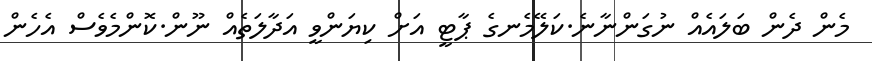
މެން ދެން ބަލައެއް ނުގަންނާނެ.ކަލޭމެނގެ ޕާޓީ އަށް ކިޔަންވީ އަދާލަތެއް ނޫން.ކޮންމެވެސް އެހެން